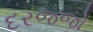
દરજજો